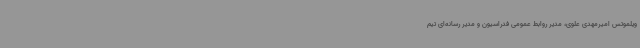
ویلموتس امیرمهدی علوی، مدیر روابط عمومی فدراسیون و مدیر رسانه‌ای تیم‌